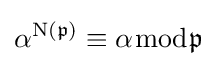
\alpha ^{{\rm {N}}({\mathfrak {p}})}\equiv \alpha {\bmod {\mathfrak {p}}}